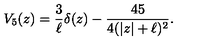
V _ { 5 } ( z ) = \frac { 3 } { \ell } \delta ( z ) - \frac { 4 5 } { 4 ( | z | + \ell ) ^ { 2 } } .